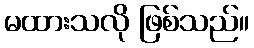
မထားသလို ဖြစ်သည်။